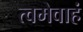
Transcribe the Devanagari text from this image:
त्वमेवाहं